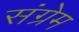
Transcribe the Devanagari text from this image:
संग्रेम